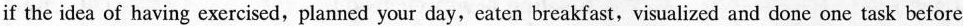
if the idea of having exercised, planned your day, eaten breakfast, visualized and done one task before